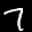
Label: 7